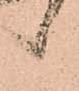
候